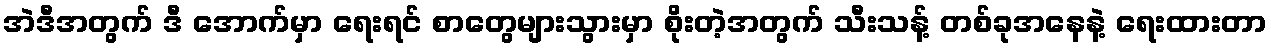
အဲဒီအတွက် ဒီ အောက်မှာ ရေးရင် စာတွေများသွားမှာ စိုးတဲ့အတွက် သီးသန့် တစ်ခုအနေနဲ့ ရေးထားတာ